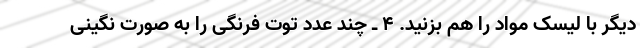
دیگر با لیسک مواد را هم بزنید. ۴ ـ چند عدد توت فرنگی را به صورت نگینی